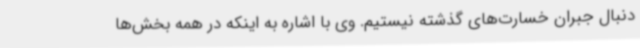
دنبال جبران خسارت‌های گذشته نیستیم. وی با اشاره به اینکه در همه بخش‌ها